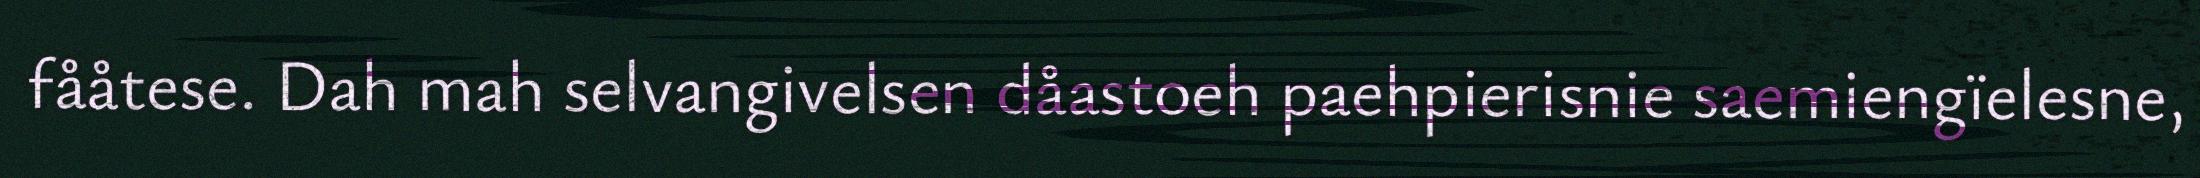
fååtese. Dah mah selvangivelsen dåastoeh paehpierisnie saemiengïelesne,